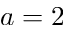
a = 2